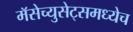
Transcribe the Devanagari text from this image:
मॅसेच्युसेट्समध्येच